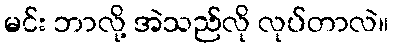
မင်း ဘာလို့ အဲသည်လို လုပ်တာလဲ။